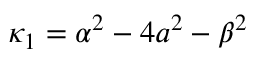
\kappa _ { 1 } = \alpha ^ { 2 } - 4 a ^ { 2 } - \beta ^ { 2 }